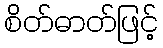
စိတ်ဓာတ်ဖြင့်